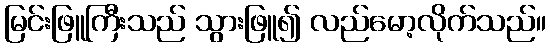
မြင်းဖြူကြီးသည် သွားဖြူ၍ လည်မော့လိုက်သည်။